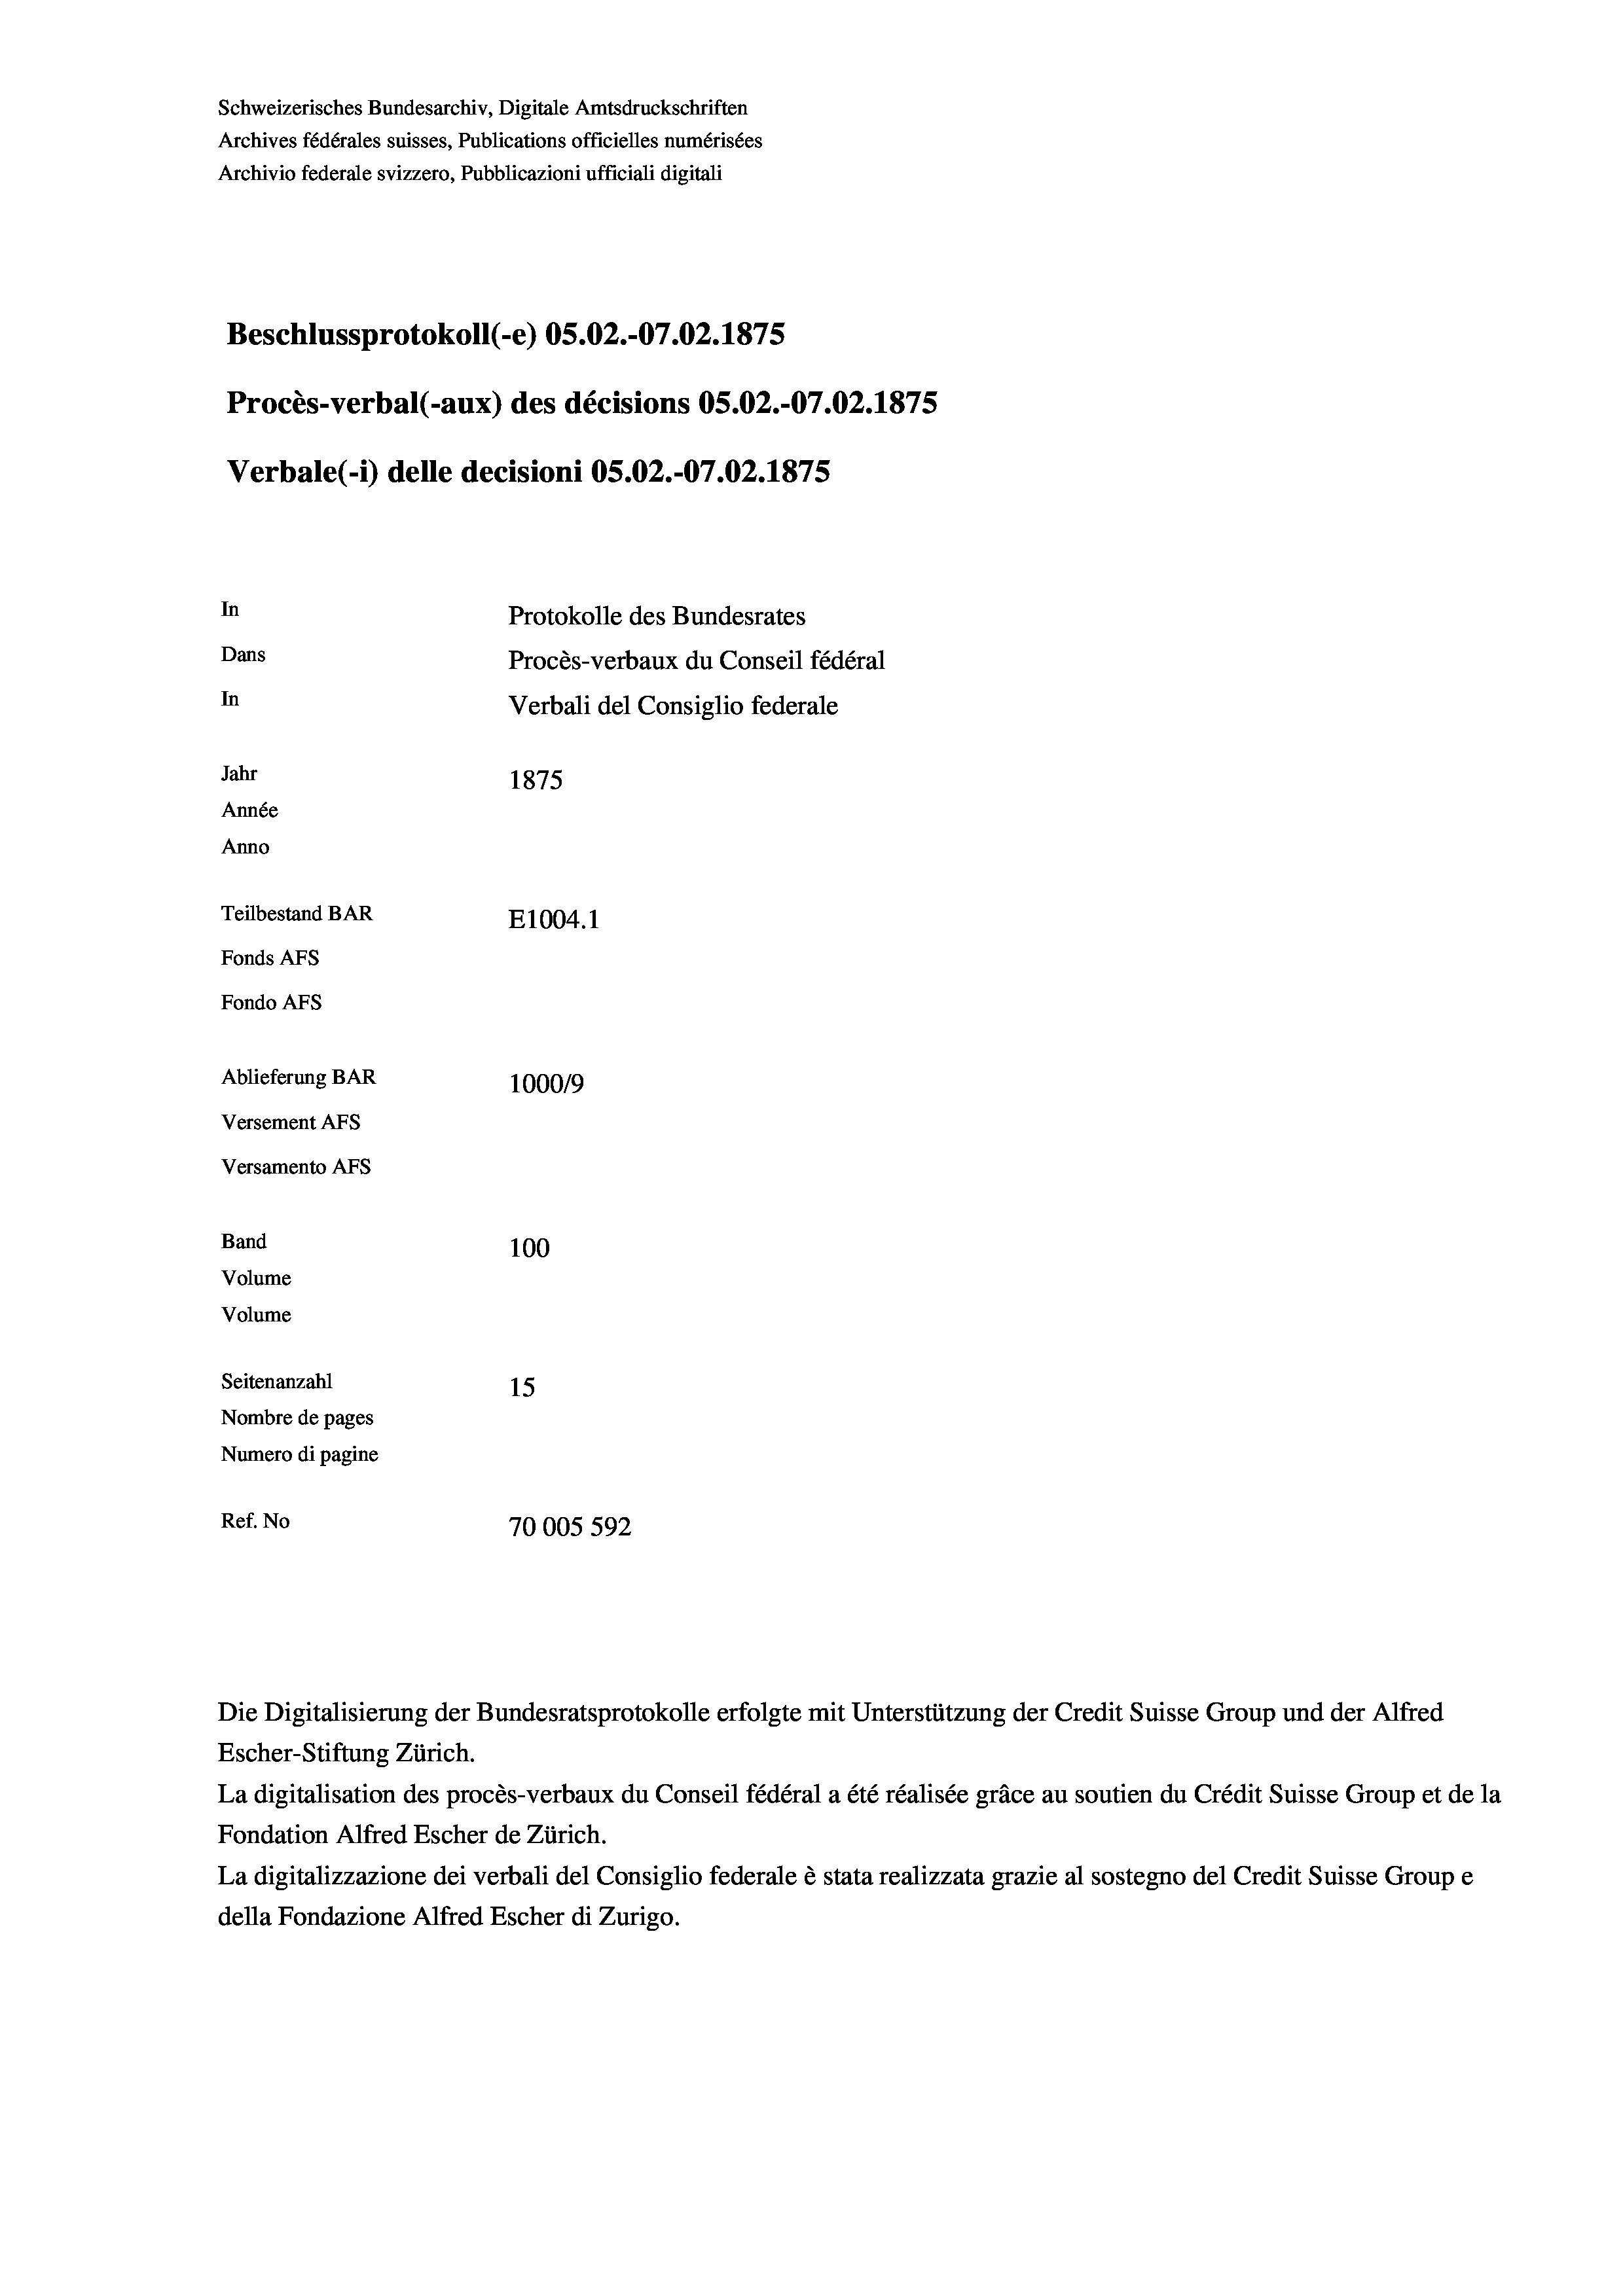
Schweizerisches Bundesarchiv, Digitale Amtsdruckschriften
Archives fédérales suisses, Publications officielles numérisées
Archivio federale svizzero, Pubblicazioni ufficiali digitali
Beschlussprotokoll (-e) OS.02.-07.02. 1875
Procès-verbal (-aux) des décisions OS.02.-07.02. 1875
Verbale (- 1) delle decisioni OS.02.-07.02. 1875
In
Protokolle des Bundesrates
Dans
Procès-verbaux du Conseil fédéral
In
Verbali del Consiglio federale
Jahr
1875
Année
Anno
Teilbestand BAR
E1004. 1
Fonds AFs
Fondo Afs
Ablieferung BAR
100019
Versement AFs
Versamento AFs
Band
100
Volume
Volume
Seitenanzahl
15
Nombre de pages
Numero di pagine
Ref. No
70005 592

Escher-Stiftung Zürich.
La digitalisation des procès-verbaux du Conseil fédéral a été réalisée gräce au soutien du Crédit Suisse Group et de la
Fondation Alfred Escher de Zürich.
La digitalizzazione dei verbali del Consiglio federale è stata realizzata grazie al sostegno del Credit Suisse Groupe
della Fondazione Alfred Escher di Zurigo.

Die Digitalisierung der Bundesratsprotokolle erfolgte mit Unterstützung der Credit Suisse Group und der Alfred